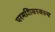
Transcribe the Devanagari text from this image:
परमशिवस्वरूप